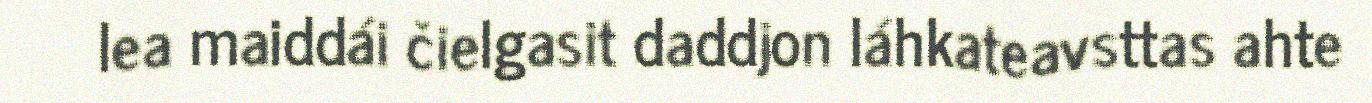
lea maiddái čielgasit daddjon láhkateavsttas ahte